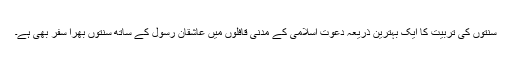
سُنّتوں کی تربیّت کا ایک بہترین ذَرِیعہ دعوتِ اسلامی کے مَدَنی قافِلوں میں عاشِقانِ رسول کے ساتھ سُنّتوں بھرا سَفَر بھی ہے۔